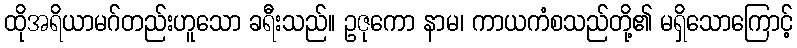
ထိုအရိယာမဂ်တည်းဟူသော ခရီးသည်။ ဥဇုကော နာမ၊ ကာယကံစသည်တို့၏ မရှိသောကြောင့်